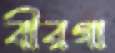
বীরগা